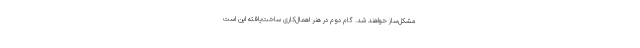
مشکل‌ساز خواهند شد. گام دوم در هنرِ اهمال‌کاری ساخت‌یافته این است